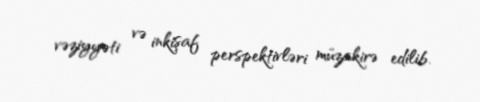
vəziyyəti və inkişaf perspektivləri müzakirə edilib.